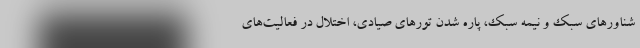
شناورهای سبک و نیمه سبک، پاره شدن تورهای صیادی، اختلال در فعالیت‌های